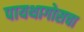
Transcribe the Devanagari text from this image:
पायथागोसचा